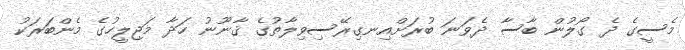
މެސީގެ ދެ ގޯލުން ބާސާ ދެވަނަ ބުރަށްއިނގިރޭސިވިލާތުގެ ޤާނޫނު ހަދާ މަޖިލީހުގެ މެންބަރަކު